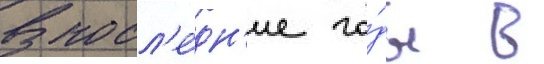
В посл'е́дн'ие го́ды в